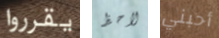
يقرروا لاحظ أحبني